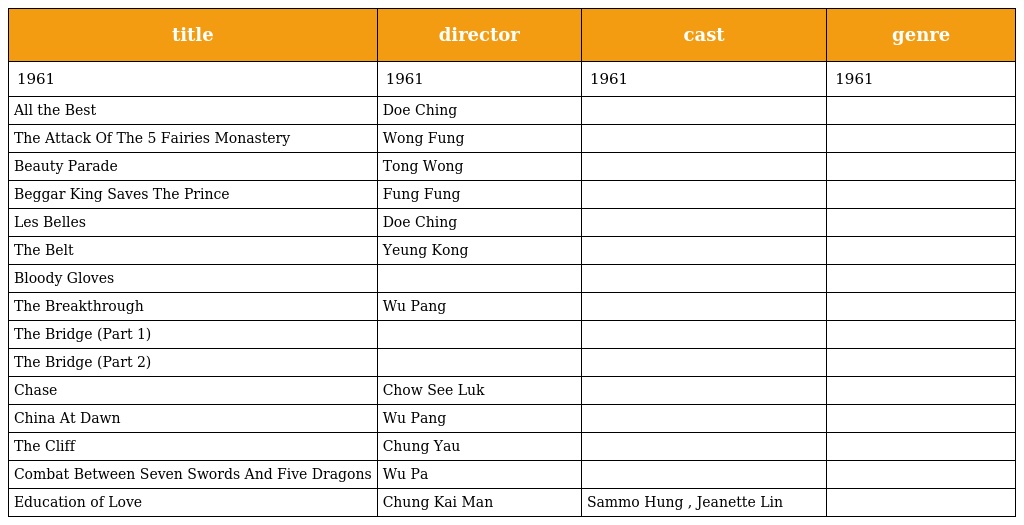
| title | director | cast | genre |
 | --- | --- | --- | --- |
 | 1961 | 1961 | 1961 | 1961 |
 | All the Best | Doe Ching |  |  |
 | The Attack Of The 5 Fairies Monastery | Wong Fung |  |  |
 | Beauty Parade | Tong Wong |  |  |
 | Beggar King Saves The Prince | Fung Fung |  |  |
 | Les Belles | Doe Ching |  |  |
 | The Belt | Yeung Kong |  |  |
 | Bloody Gloves |  |  |  |
 | The Breakthrough | Wu Pang |  |  |
 | The Bridge (Part 1) |  |  |  |
 | The Bridge (Part 2) |  |  |  |
 | Chase | Chow See Luk |  |  |
 | China At Dawn | Wu Pang |  |  |
 | The Cliff | Chung Yau |  |  |
 | Combat Between Seven Swords And Five Dragons | Wu Pa |  |  |
 | Education of Love | Chung Kai Man | Sammo Hung , Jeanette Lin |  |